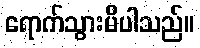
ရောက်သွားမိပါသည်။